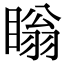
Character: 瞈